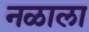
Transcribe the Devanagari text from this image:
नळाला